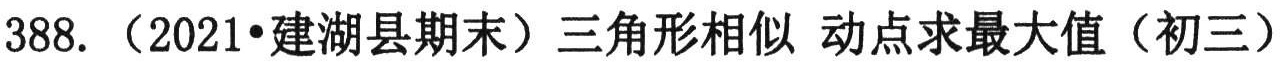
388. （2021•建湖县期末）三角形相似 动点求最大值（初三）